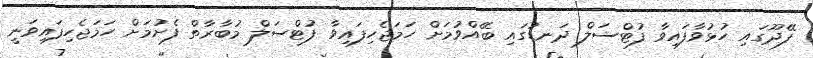
ފޭދޫގައި ހުޅުވާފައިވާ ފުޓްސަލް ދަނޑުގައި ބޭއްވުމަށް ހަމަޖެހިފައިވާ ފުޓްސަލް މުބާރާތް ފެށުމަށް ހަމަޖެހިފައިވަނީ